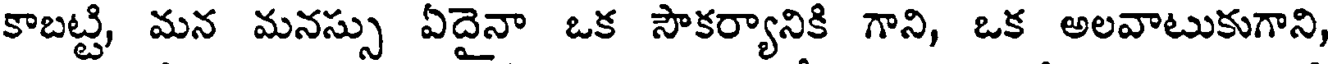
కాబట్టి, మన మనస్సు ఏదైనా ఒక సౌకర్యానికి గాని, ఒక అలవాటుకుగాని,